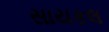
સાયકલ